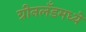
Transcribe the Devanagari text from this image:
ग्रीनलँडमध्ये